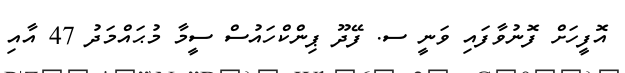
އޮފީހަށް ފޮނުވާފައި ވަނީ ސ. ފޭދޫ ޕިންކްހައުސް ސީމާ މުޙައްމަދު 47 އާއި